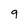
Character: 9